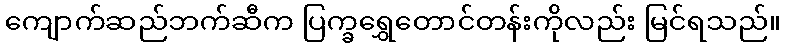
ကျောက်ဆည်ဘက်ဆီက ပြက္ခရွှေတောင်တန်းကိုလည်း မြင်ရသည်။